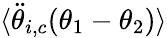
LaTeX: \langle\ddot{\theta}_{i,c}(\theta_{1}-\theta_{2})\rangle